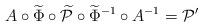
LaTeX: \begin{align*}A \circ \widetilde\Phi \circ \widetilde{\mathcal{P}} \circ \widetilde \Phi^{-1} \circ A^{-1}= \mathcal{P}' \end{align*}